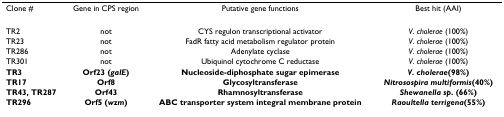
<table><thead><tr><td><b>Clone #</b></td><td><b>Gene in CPS region</b></td><td><b>Putative gene functions</b></td><td><b>Best hit (AAI)</b></td></tr></thead><tbody><tr><td>TR2</td><td>not</td><td>CYS regulon transcriptional activator</td><td><i>V. cholerae </i>(100%)</td></tr><tr><td>TR23</td><td>not</td><td>FadR fatty acid metabolism regulator protein</td><td><i>V. cholerae </i>(100%)</td></tr><tr><td>TR286</td><td>not</td><td>Adenylate cyclase</td><td><i>V. cholerae </i>(100%)</td></tr><tr><td>TR301</td><td>not</td><td>Ubiquinol cytochrome C reductase</td><td><i>V. cholerae </i>(100%)</td></tr><tr><td><b>TR3</b></td><td><b>Orf23 (</b><b><i>galE</i></b><b>)</b></td><td><b>Nucleoside-diphosphate sugar epimerase </b></td><td><b><i>V. cholerae</i></b><b>(98%)</b></td></tr><tr><td><b>TR17</b></td><td><b>Orf8</b></td><td><b>Glycosyltransferase </b></td><td><b><i>Nitrosospira multiformis</i></b><b>(40%)</b></td></tr><tr><td><b>TR43, TR287</b></td><td><b>Orf43</b></td><td><b>Rhamnosyltransferase</b></td><td><b><i>Shewanella sp</i></b><b>. (66%)</b></td></tr><tr><td><b>TR296</b></td><td><b>Orf5 (</b><b><i>wzm</i></b><b>)</b></td><td><b>ABC transporter system integral membrane protein</b></td><td><b><i>Raoultella terrigena</i></b><b>(55%)</b></td></tr></tbody></table>